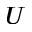
U